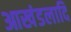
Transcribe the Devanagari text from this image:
आखंडलादि